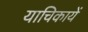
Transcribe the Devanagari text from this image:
याचिकायें